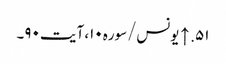
۵۱. ↑ یونس/سوره۱۰، آیت ۹۰۔